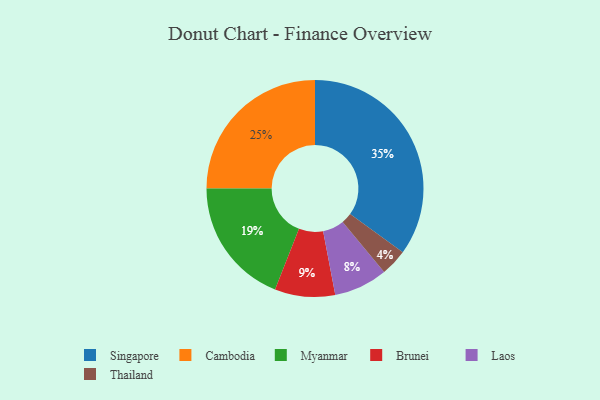
{"axis": {"x": "Category", "y": "Percentage"}, "legend": ["Brunei", "Cambodia", "Laos", "Myanmar", "Singapore", "Thailand"], "data": [{"x": "Singapore", "y": 35, "type": "Singapore"}, {"x": "Myanmar", "y": 19, "type": "Myanmar"}, {"x": "Laos", "y": 8, "type": "Laos"}, {"x": "Thailand", "y": 4, "type": "Thailand"}, {"x": "Cambodia", "y": 25, "type": "Cambodia"}, {"x": "Brunei", "y": 9, "type": "Brunei"}]}